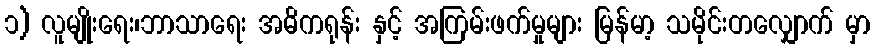
၁) လူမျိုးရေး၊ဘာသာရေး အဓိကရုန်း နှင့် အကြမ်းဖက်မှုများ မြန်မာ့ သမိုင်းတလျှောက် မှာ